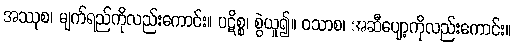
အဿုစ၊ မျက်ရည်ကိုလည်းကောင်း။ ပဋိစ္စ၊ စွဲယူ၍။ ဝသာစ၊ အဆီပျော့ကိုလည်းကောင်း။